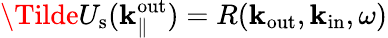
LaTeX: \Tilde{U}_{\mathrm{s}}({\mathbf k}_{\parallel}^{\mathrm{out}})=R({\mathbf k}_{\mathrm{out}},{\mathbf k}_{\mathrm{in}},\omega)